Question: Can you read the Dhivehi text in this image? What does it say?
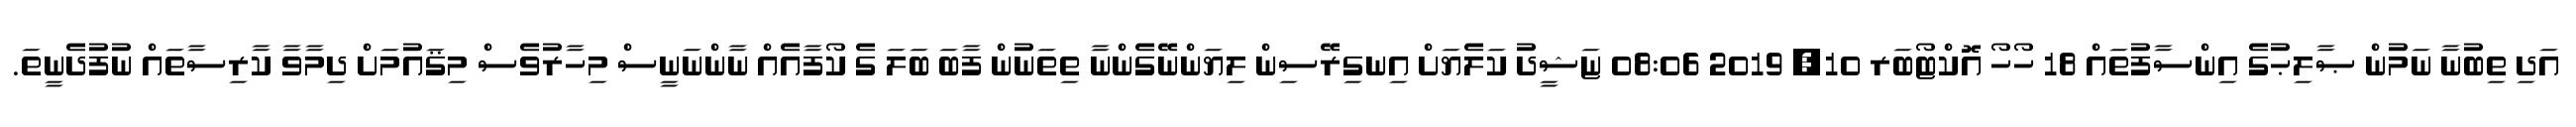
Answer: އަދި ތިބުނާ ނަމުން ޞާލިޙުގެ އިންސާފުތައް 18 ހޯހޯ އޮކްޓޯބަރ 10, 2019 08:06 ޏަޝީދު ކަލެޔަށް އިނގިރޭސިން ލިޔަންނޭގެންނާ ތިތަނުން ފާބަ ބަލަ ގެ ކޯފާއެއް ނާންނަނީސް މިހާރުވެސް މިޤައުމަށް ދިމާވާ ކާރިސާތައް ނުފުދެނީތަ.